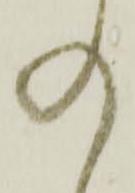
の